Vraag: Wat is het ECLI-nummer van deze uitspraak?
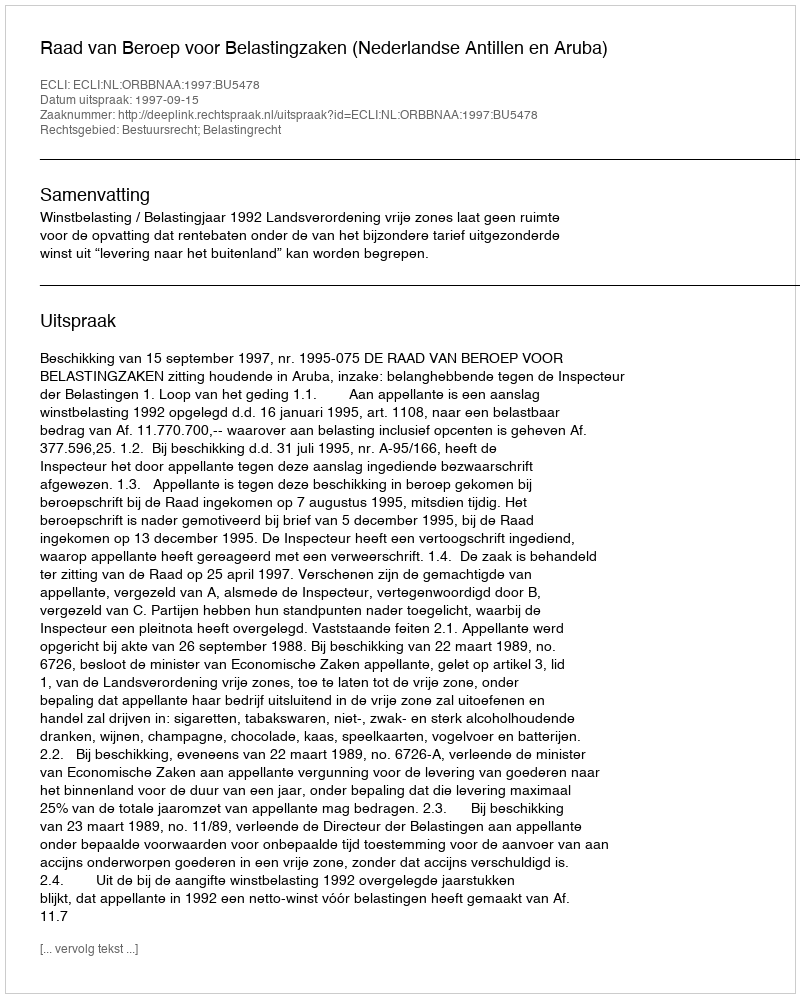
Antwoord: ECLI:NL:ORBBNAA:1997:BU5478